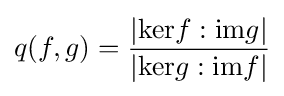
q(f,g)={\frac {|\mathrm {ker} f:\mathrm {im} g|}{|\mathrm {ker} g:\mathrm {im} f|}}